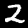
Label: 2